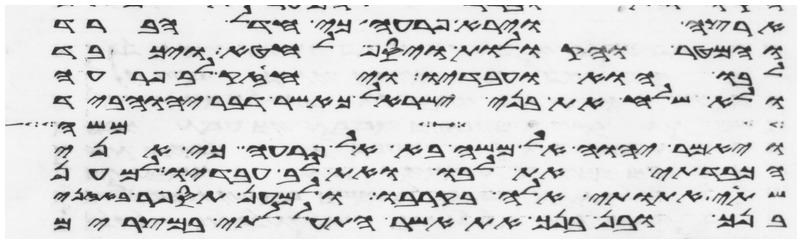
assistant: ארצה וירא פרעה כי חדל הברד
והמטר והקולות ויסף לחטא ויכבד
לבו הוא ועבדיו ויחזק לב פרעה
ולא שלח את בני ישראל כאשר דבר יהוה ביד
אך במשה
ויאמר יהוה אל משה בא אל פרעה כי אני
הכבדתי את לבו ואת לב עבדיו למען
שתי אתותי אלה בקרבו ולמען תספר באזני
בנך ובן בנך את אשר התעללתי במצרים